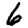
Digit: 6